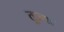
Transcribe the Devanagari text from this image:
तुज्या